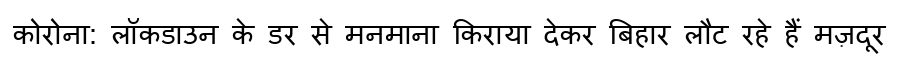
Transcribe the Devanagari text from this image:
कोरोना: लॉकडाउन के डर से मनमाना किराया देकर बिहार लौट रहे हैं मज़दूर